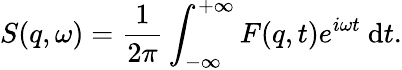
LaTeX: S(q,\omega)=\frac{1}{2\pi}\int_{-\infty}^{+\infty}F(q,t)e^{i\omega t}\mathrm{~d}t.